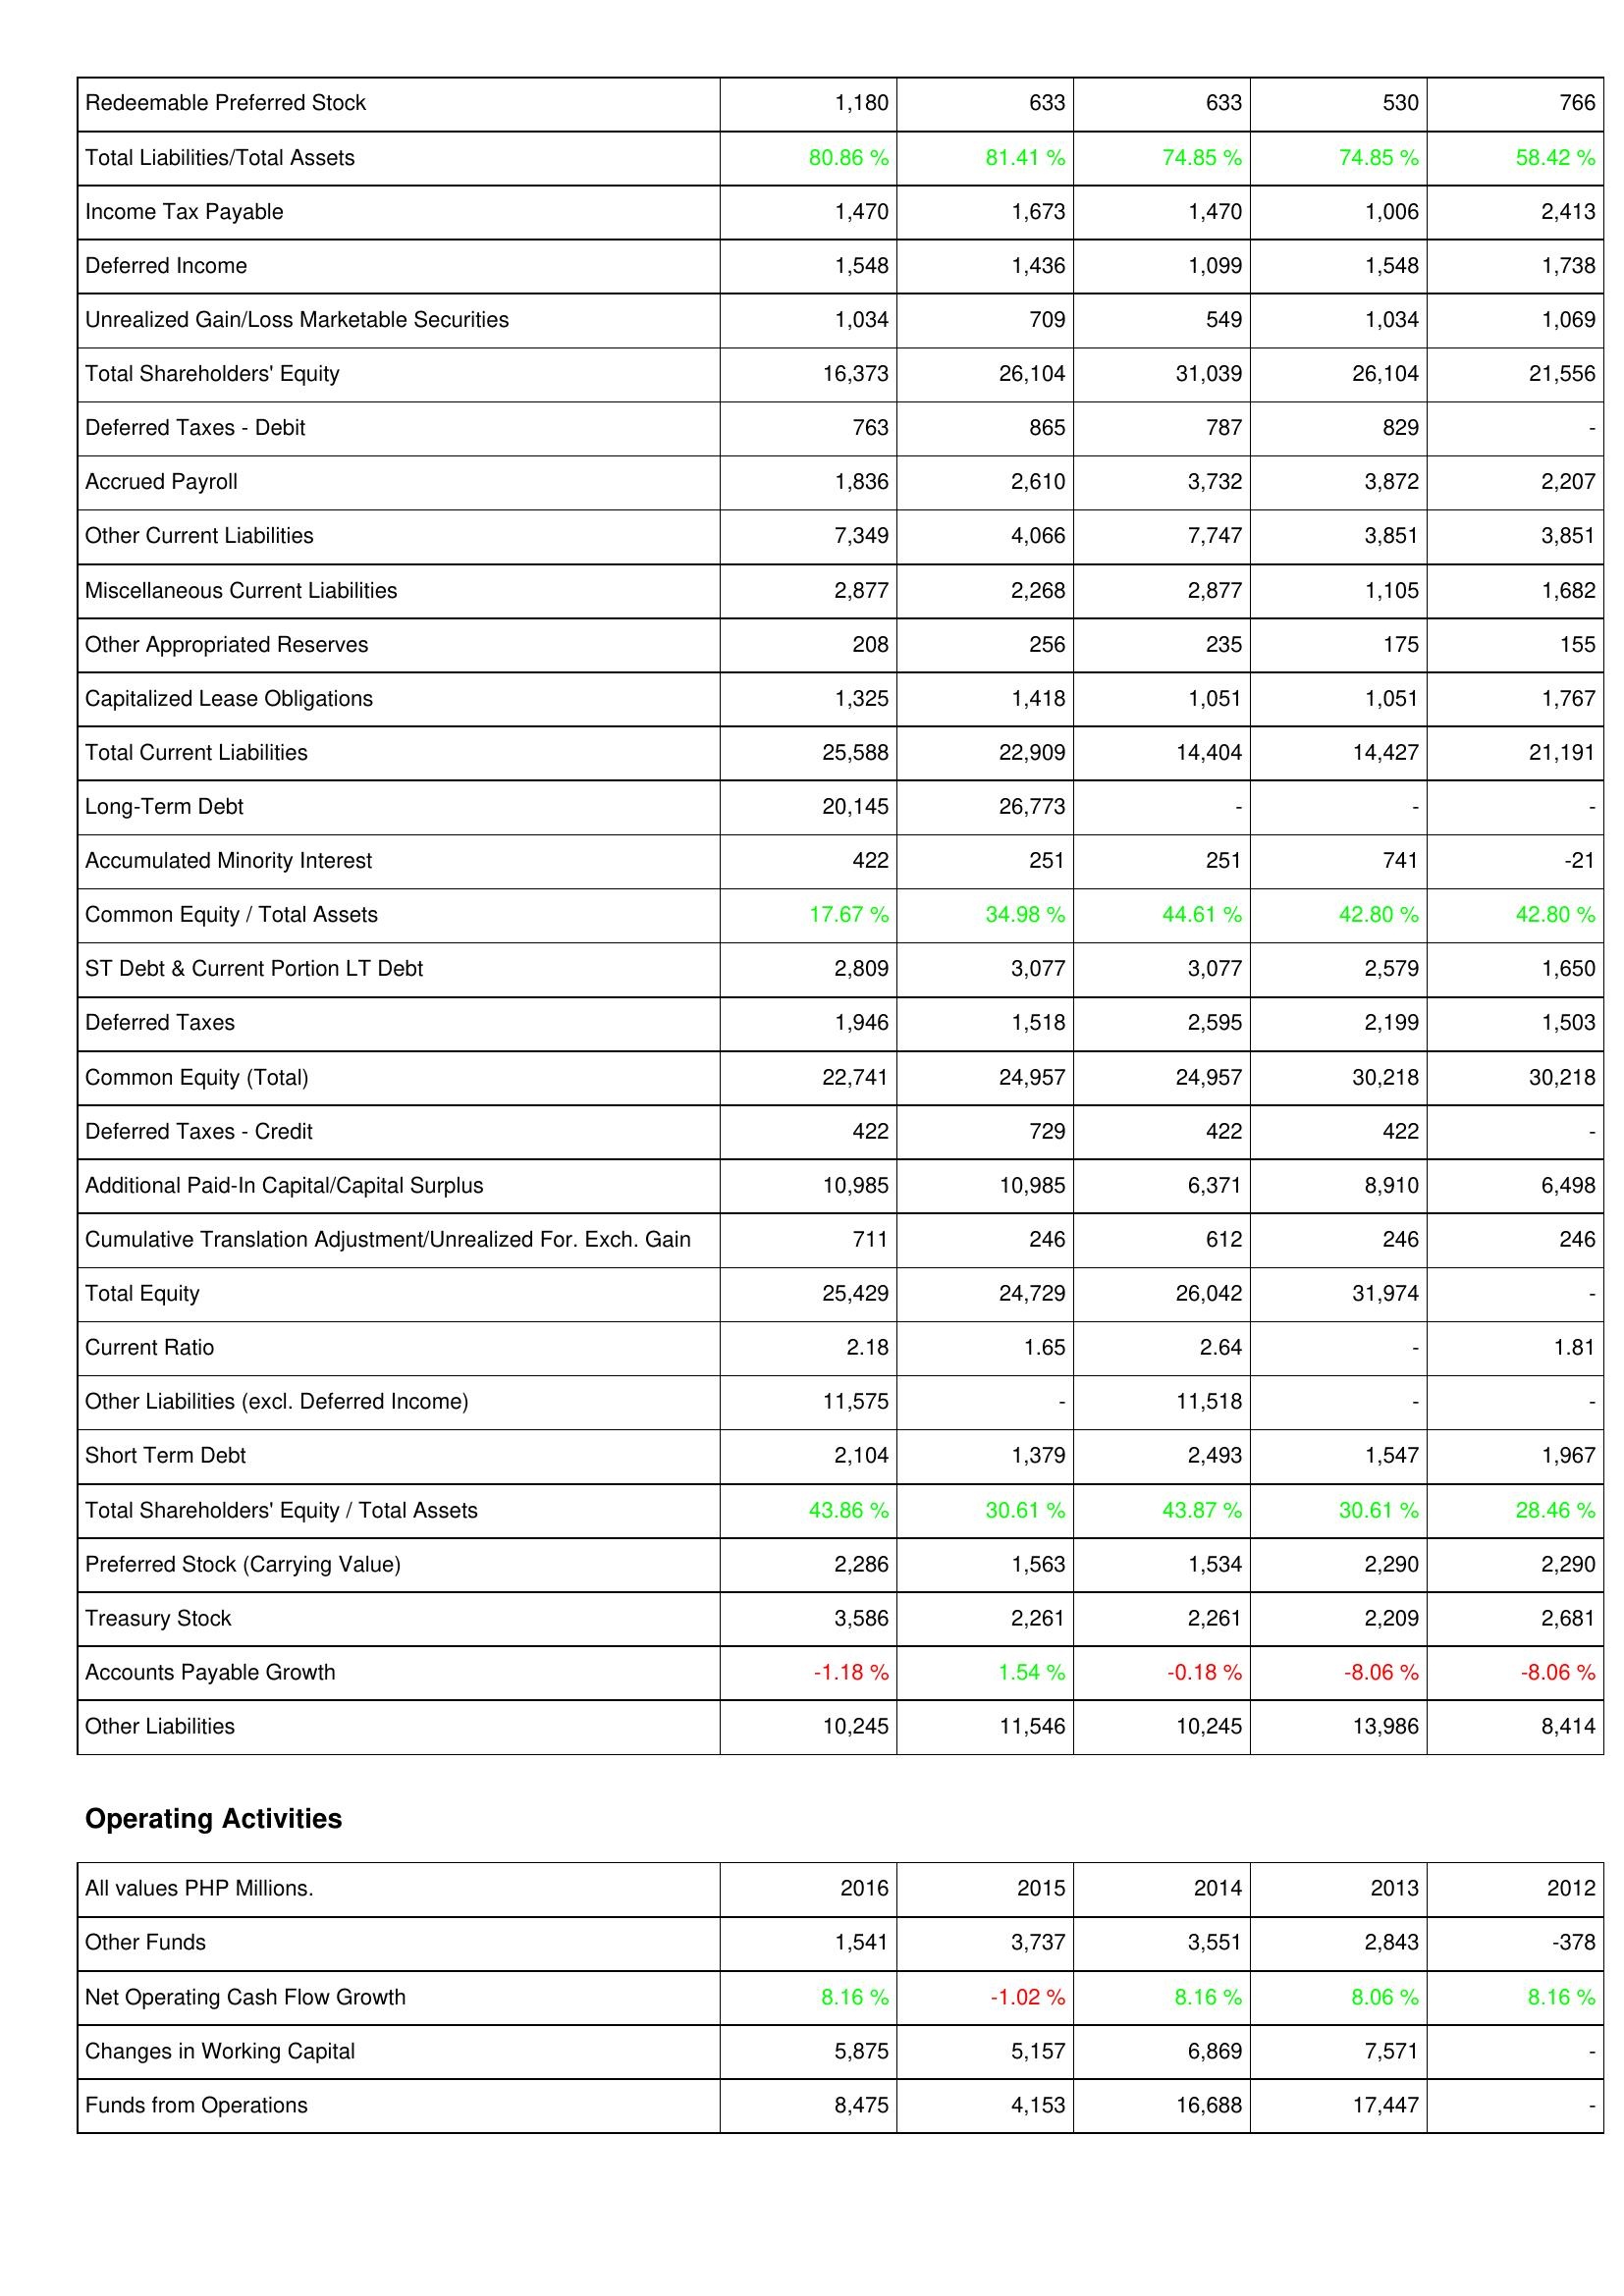
2016: Liabilities & Shareholders' Equity: Redeemable Preferred Stock: 1,180
Total Liabilities/Total Assets: 80.86 %
Income Tax Payable: 1,470
Deferred Income: 1,548
Unrealized Gain/Loss Marketable Securities: 1,034
Total Shareholders' Equity: 16,373
Deferred Taxes - Debit: 763
Accrued Payroll: 1,836
Other Current Liabilities: 7,349
Miscellaneous Current Liabilities: 2,877
Other Appropriated Reserves: 208
Capitalized Lease Obligations: 1,325
Total Current Liabilities: 25,588
Long-Term Debt: 20,145
Accumulated Minority Interest: 422
Common Equity / Total Assets: 17.67 %
ST Debt & Current Portion LT Debt: 2,809
Deferred Taxes: 1,946
Common Equity (Total): 22,741
Deferred Taxes - Credit: 422
Additional Paid-In Capital/Capital Surplus: 10,985
Cumulative Translation Adjustment/Unrealized For. Exch. Gain: 711
Total Equity: 25,429
Current Ratio: 2.18
Other Liabilities (excl. Deferred Income): 11,575
Short Term Debt: 2,104
Total Shareholders' Equity / Total Assets: 43.86 %
Preferred Stock (Carrying Value): 2,286
Treasury Stock: 3,586
Accounts Payable Growth: -1.18 %
Other Liabilities: 10,245
Operating Activities: Other Funds: 1,541
Net Operating Cash Flow Growth: 8.16 %
Changes in Working Capital: 5,875
Funds from Operations: 8,475
2015: Liabilities & Shareholders' Equity: Redeemable Preferred Stock: 633
Total Liabilities/Total Assets: 81.41 %
Income Tax Payable: 1,673
Deferred Income: 1,436
Unrealized Gain/Loss Marketable Securities: 709
Total Shareholders' Equity: 26,104
Deferred Taxes - Debit: 865
Accrued Payroll: 2,610
Other Current Liabilities: 4,066
Miscellaneous Current Liabilities: 2,268
Other Appropriated Reserves: 256
Capitalized Lease Obligations: 1,418
Total Current Liabilities: 22,909
Long-Term Debt: 26,773
Accumulated Minority Interest: 251
Common Equity / Total Assets: 34.98 %
ST Debt & Current Portion LT Debt: 3,077
Deferred Taxes: 1,518
Common Equity (Total): 24,957
Deferred Taxes - Credit: 729
Additional Paid-In Capital/Capital Surplus: 10,985
Cumulative Translation Adjustment/Unrealized For. Exch. Gain: 246
Total Equity: 24,729
Current Ratio: 1.65
Other Liabilities (excl. Deferred Income): -
Short Term Debt: 1,379
Total Shareholders' Equity / Total Assets: 30.61 %
Preferred Stock (Carrying Value): 1,563
Treasury Stock: 2,261
Accounts Payable Growth: 1.54 %
Other Liabilities: 11,546
Operating Activities: Other Funds: 3,737
Net Operating Cash Flow Growth: -1.02 %
Changes in Working Capital: 5,157
Funds from Operations: 4,153
2014: Liabilities & Shareholders' Equity: Redeemable Preferred Stock: 633
Total Liabilities/Total Assets: 74.85 %
Income Tax Payable: 1,470
Deferred Income: 1,099
Unrealized Gain/Loss Marketable Securities: 549
Total Shareholders' Equity: 31,039
Deferred Taxes - Debit: 787
Accrued Payroll: 3,732
Other Current Liabilities: 7,747
Miscellaneous Current Liabilities: 2,877
Other Appropriated Reserves: 235
Capitalized Lease Obligations: 1,051
Total Current Liabilities: 14,404
Long-Term Debt: -
Accumulated Minority Interest: 251
Common Equity / Total Assets: 44.61 %
ST Debt & Current Portion LT Debt: 3,077
Deferred Taxes: 2,595
Common Equity (Total): 24,957
Deferred Taxes - Credit: 422
Additional Paid-In Capital/Capital Surplus: 6,371
Cumulative Translation Adjustment/Unrealized For. Exch. Gain: 612
Total Equity: 26,042
Current Ratio: 2.64
Other Liabilities (excl. Deferred Income): 11,518
Short Term Debt: 2,493
Total Shareholders' Equity / Total Assets: 43.87 %
Preferred Stock (Carrying Value): 1,534
Treasury Stock: 2,261
Accounts Payable Growth: -0.18 %
Other Liabilities: 10,245
Operating Activities: Other Funds: 3,551
Net Operating Cash Flow Growth: 8.16 %
Changes in Working Capital: 6,869
Funds from Operations: 16,688
2013: Liabilities & Shareholders' Equity: Redeemable Preferred Stock: 530
Total Liabilities/Total Assets: 74.85 %
Income Tax Payable: 1,006
Deferred Income: 1,548
Unrealized Gain/Loss Marketable Securities: 1,034
Total Shareholders' Equity: 26,104
Deferred Taxes - Debit: 829
Accrued Payroll: 3,872
Other Current Liabilities: 3,851
Miscellaneous Current Liabilities: 1,105
Other Appropriated Reserves: 175
Capitalized Lease Obligations: 1,051
Total Current Liabilities: 14,427
Long-Term Debt: -
Accumulated Minority Interest: 741
Common Equity / Total Assets: 42.80 %
ST Debt & Current Portion LT Debt: 2,579
Deferred Taxes: 2,199
Common Equity (Total): 30,218
Deferred Taxes - Credit: 422
Additional Paid-In Capital/Capital Surplus: 8,910
Cumulative Translation Adjustment/Unrealized For. Exch. Gain: 246
Total Equity: 31,974
Current Ratio: -
Other Liabilities (excl. Deferred Income): -
Short Term Debt: 1,547
Total Shareholders' Equity / Total Assets: 30.61 %
Preferred Stock (Carrying Value): 2,290
Treasury Stock: 2,209
Accounts Payable Growth: -8.06 %
Other Liabilities: 13,986
Operating Activities: Other Funds: 2,843
Net Operating Cash Flow Growth: 8.06 %
Changes in Working Capital: 7,571
Funds from Operations: 17,447
2012: Liabilities & Shareholders' Equity: Redeemable Preferred Stock: 766
Total Liabilities/Total Assets: 58.42 %
Income Tax Payable: 2,413
Deferred Income: 1,738
Unrealized Gain/Loss Marketable Securities: 1,069
Total Shareholders' Equity: 21,556
Deferred Taxes - Debit: -
Accrued Payroll: 2,207
Other Current Liabilities: 3,851
Miscellaneous Current Liabilities: 1,682
Other Appropriated Reserves: 155
Capitalized Lease Obligations: 1,767
Total Current Liabilities: 21,191
Long-Term Debt: -
Accumulated Minority Interest: -21
Common Equity / Total Assets: 42.80 %
ST Debt & Current Portion LT Debt: 1,650
Deferred Taxes: 1,503
Common Equity (Total): 30,218
Deferred Taxes - Credit: -
Additional Paid-In Capital/Capital Surplus: 6,498
Cumulative Translation Adjustment/Unrealized For. Exch. Gain: 246
Total Equity: -
Current Ratio: 1.81
Other Liabilities (excl. Deferred Income): -
Short Term Debt: 1,967
Total Shareholders' Equity / Total Assets: 28.46 %
Preferred Stock (Carrying Value): 2,290
Treasury Stock: 2,681
Accounts Payable Growth: -8.06 %
Other Liabilities: 8,414
Operating Activities: Other Funds: -378
Net Operating Cash Flow Growth: 8.16 %
Changes in Working Capital: -
Funds from Operations: -